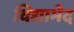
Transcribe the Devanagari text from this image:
विद्याभेद